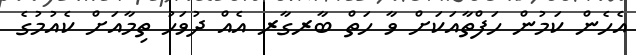
އެހެން ކަމުން ހަފްތާއަކަށް ވާ ހަތް ބާރގާރ އެއް ދުވަހު ތިމާއަށް ކެއުމުގެ